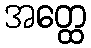
အတ္ထေ